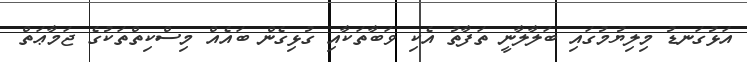
އަޅުގަނޑު މިލިޔުމުގައި ބަލާލާނީ ތަފާތު އެކި ވަބާތަކާއި ގުޅިގެން ބައެއް މިސްކިތްތަކުގެ ޖަމާޢަތް